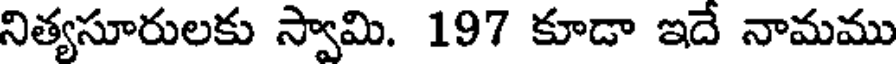
నిత్యసూరులకు స్వామి. 197 కూడా ఇదే నామము